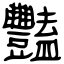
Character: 豔